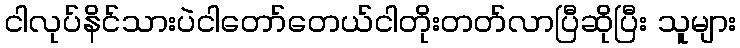
ငါလုပ်နိင်သားပဲငါတော်တေယ်ငါတိုးတတ်လာပြီဆိုပြီး သူများ